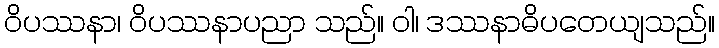
ဝိပဿနာ၊ ဝိပဿနာပညာ သည်။ ဝါ၊ ဒဿနာဓိပတေယျသည်။